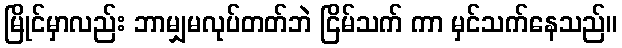
မြိုင်မှာလည်း ဘာမျှမလုပ်တတ်ဘဲ ငြိမ်သက် ကာ မှင်သက်နေသည်။